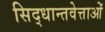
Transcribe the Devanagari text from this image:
सिद्धान्तवेत्ताओं